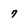
Character: 7